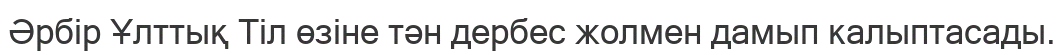
Әрбір Ұлттық Тіл өзіне тән дербес жолмен дамып калыптасады.